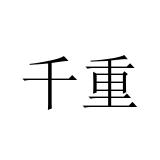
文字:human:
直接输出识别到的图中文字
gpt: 千重